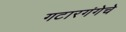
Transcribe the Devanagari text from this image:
गटारगंगेचे